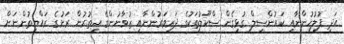
އަދި ފުލުހުންނާއި ކައުންސިލް ގުޅިގެން ސްކޫލުތަކުގެ ދަރިވަރުންނާއި ޒުވާނުންގެ އިތުރުން ރަށުގެ ރައްޔިތުންނަށް